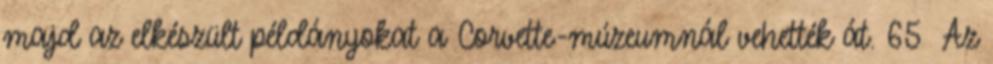
majd az elkészült példányokat a Corvette-múzeumnál vehették át. 65 Az